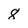
Character: 8